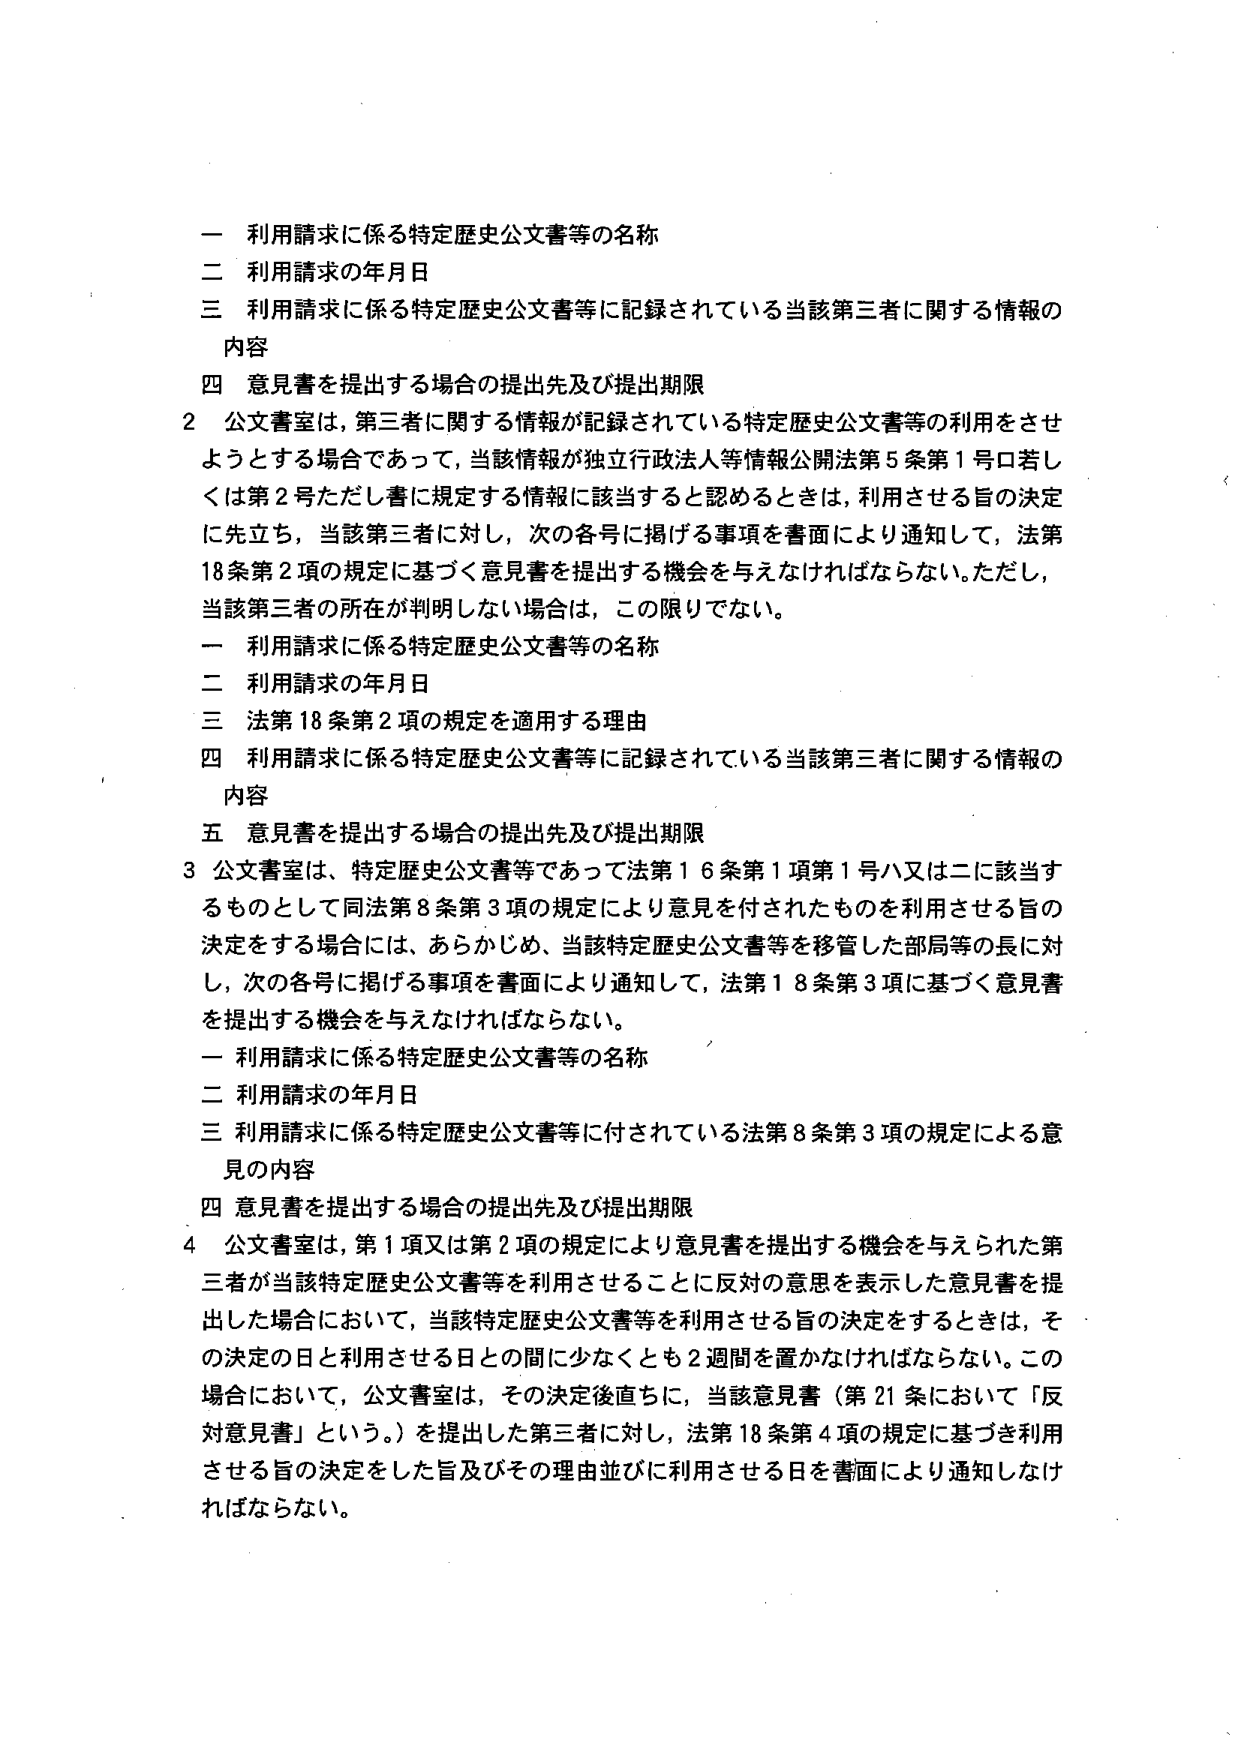
一 利用請求に係る特定歴史公文書等の名称
二 利用請求の年月日
三 利用請求に係る特定歴史公文書等に記録されている当該第三者に関する情報の内容
四 意見書を提出する場合の提出先及び提出期限

2 公文書室は、第三者に関する情報が記録されている特定歴史公文書等の利用をさせようとする場合であって、当該情報が独立行政法人等情報公開法第5条第1号ロ若しくは第2号ただし書に規定する情報に該当すると認めるときは、利用させる旨の決定に先立ち、当該第三者に対し、次の各号に掲げる事項を書面により通知して、法第18条第2項の規定に基づく意見を提出する機会を与えなければならない。ただし、当該第三者の所在が判明しない場合は、この限りでない。

一 利用請求に係る特定歴史公文書等の名称
二 利用請求の年月日
三 法第18条第2項の規定を適用する理由
四 利用請求に係る特定歴史公文書等に記録されている当該第三者に関する情報の内容
五 意見書を提出する場合の提出先及び提出期限

3 公文書室は、特定歴史公文書等であって法第16条第1項第1号ハ又はニに該当するものとして同法第8条第3項の規定により意見を付されたものを利用させる旨の決定をする場合には、あらかじめ、当該特定歴史公文書等を移管した部局等の長に対し、次の各号に掲げる事項を書面により通知して、法第18条第3項に基づく意見書を提出する機会を与えなければならない。

一 利用請求に係る特定歴史公文書等の名称
二 利用請求の年月日
三 利用請求に係る特定歴史公文書等に付されている法第8条第3項の規定による意見の内容
四 意見書を提出する場合の提出先及び提出期限

4 公文書室は、第1項又は第2項の規定により意見書を提出する機会を与えられた第三者が当該特定歴史公文書等を利用させることに反対の意思を表示した意見書を提出した場合において、当該特定歴史公文書等を利用させる旨の決定をするときは、その決定の日と利用させる日との間に少なくとも2週間を置かなければならない。この場合において、公文書室は、その決定後直ちに、当該意見書（第21条において「反対意見書」という。）を提出した第三者に対し、法第18条第4項の規定に基づき利用させる旨の決定をした旨及びその理由並びに利用させる日を書面により通知しなければならない。